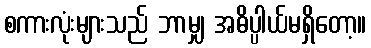
စကားလုံးများသည် ဘာမျှ အဓိပ္ပါယ်မရှိတော့။